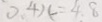
0 . 4 x = 4 . 8